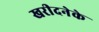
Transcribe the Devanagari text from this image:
खरीदनेके